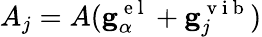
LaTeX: A_{j}=A(\mathbf{g}_{\alpha}^{\mathrm{~e~l~}}+\mathbf{g}_{j}^{\mathrm{~v~i~b~}})